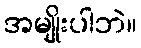
အမျိုးပါဘဲ။